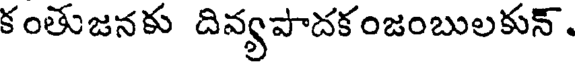
కంతుజనకు దివ్యపాదకంజంబులకున్.